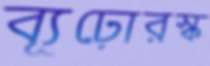
ব্যূঢ়োরস্ক